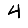
Digit: 4